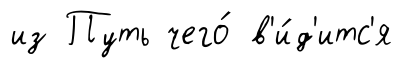
из Путь чего́ в'и́д'итс'я